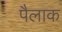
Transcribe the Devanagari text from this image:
पैलाक